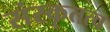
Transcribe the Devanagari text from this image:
संस्कृतत्व